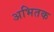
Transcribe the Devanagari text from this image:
अभितक